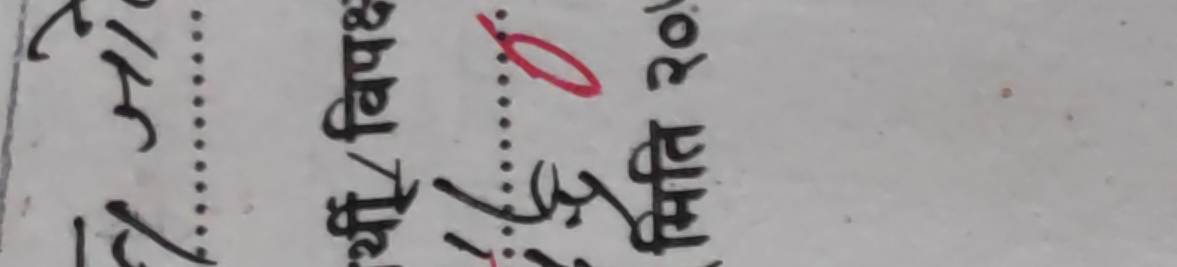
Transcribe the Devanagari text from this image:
मिति २०७९